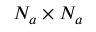
N _ { a } \times N _ { a }